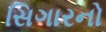
સિગારનો